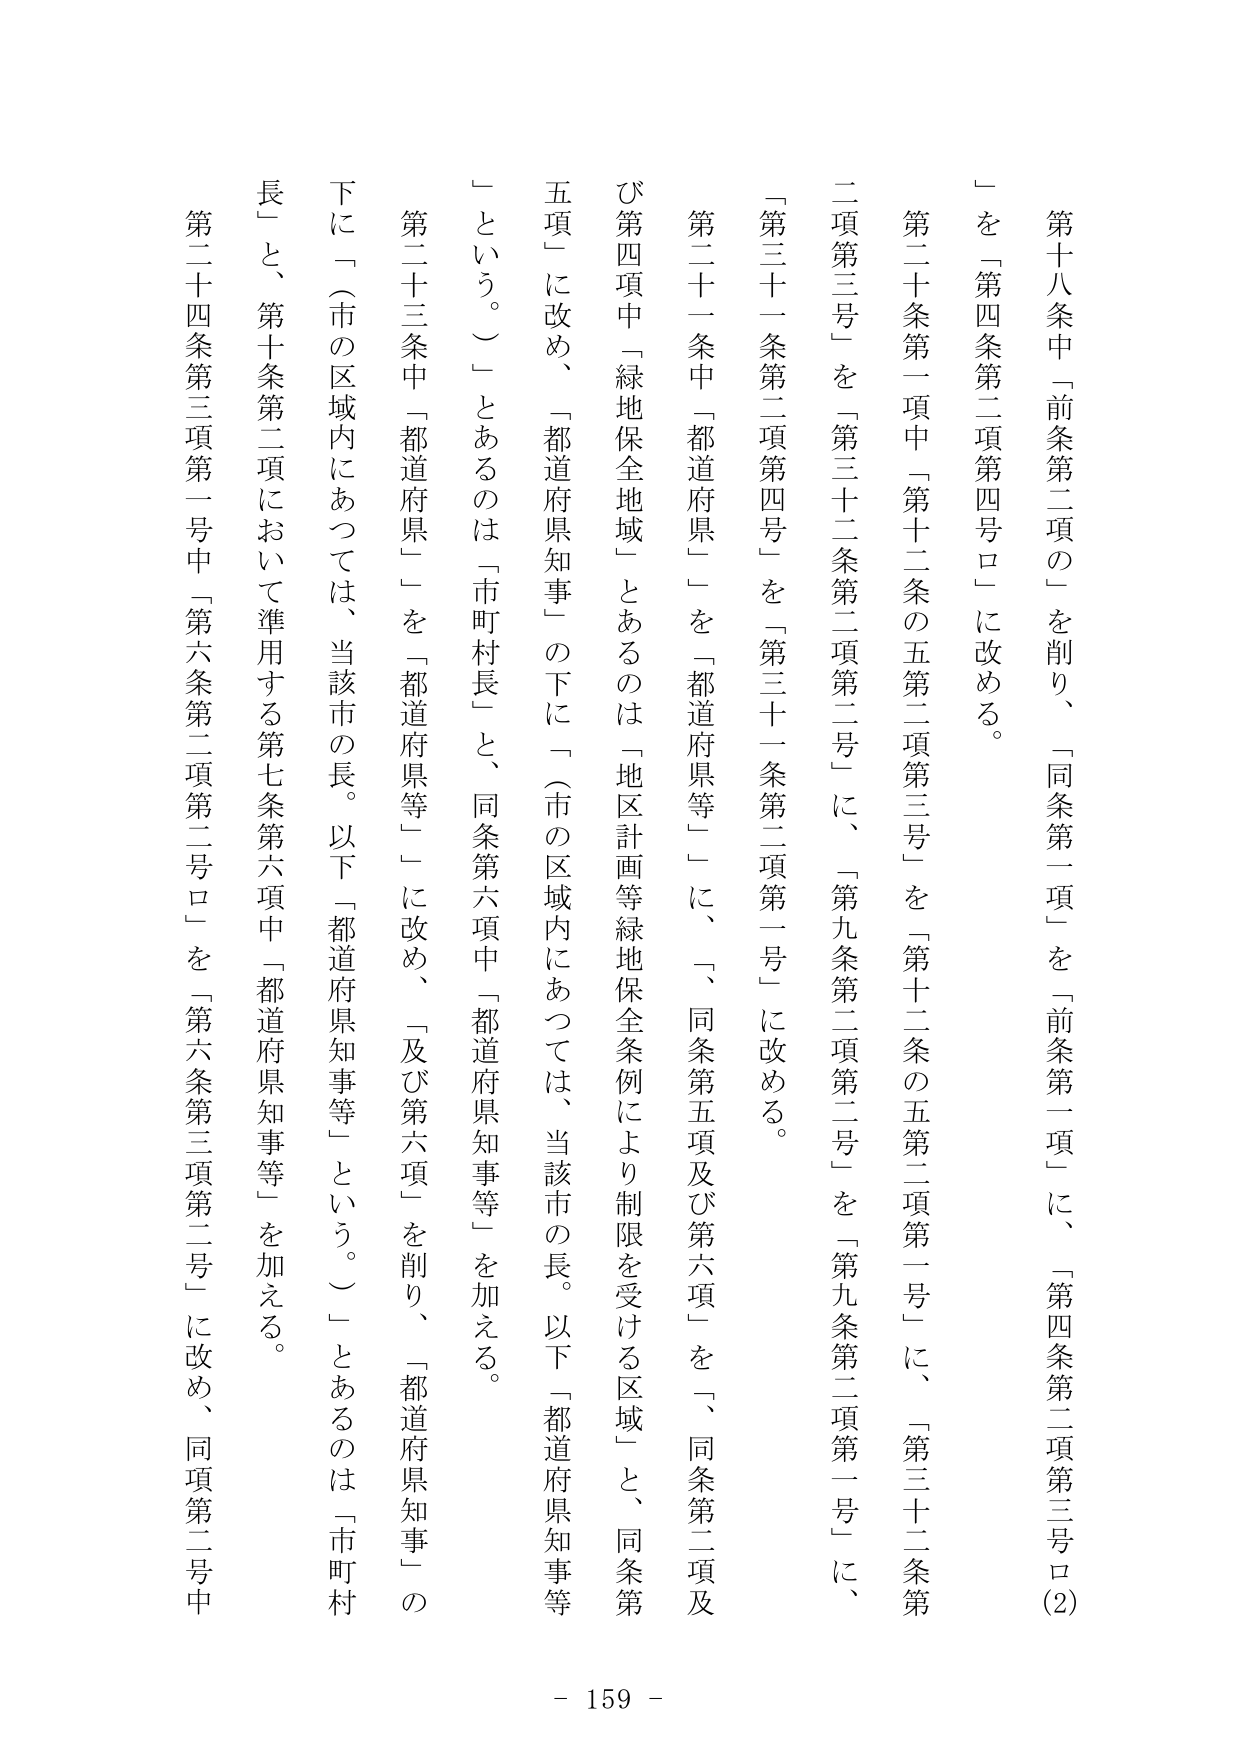
第十八条中「前条第二項の」を削り、「同条第一項」を「前条第一項」に、「第四条第二項第三号ロ(2)」を「第四条第二項第四号ロ」に改める。

第二十条第一項中「第十二条の五第二項第三号」を「第十二条の五第二項第一号」に、「第三十二条第二項第三号」を「第三十二条第二項第二号」に、「第九条第二項第二号」を「第九条第二項第一号」に、「第三十一条第二項第四号」を「第三十一条第二項第一号」に改める。

第二十一条中「都道府県」を「都道府県等」に、「同条第五項及び第六項」を「同条第二項及び第四項中「緑地保全地域」とあるのは「地区計画等緑地保全条例により制限を受ける区域」と、同条第五項」に改め、「都道府県知事」の下に「（市の区域内にあっては、当該市の長。以下「都道府県知事等」という。）」とあるのは「市町村長」と、同条第六項中「都道府県知事等」を加える。

第二十三条中「都道府県」を「都道府県等」に改め、「及び第六項」を削り、「都道府県知事」の下に「（市の区域内にあっては、当該市の長。以下「都道府県知事等」という。）」とあるのは「市町村長」と、第十条第二項において準用する第七条第六項中「都道府県知事等」を加える。

第二十四条第三項第一号中「第六条第二項第二号ロ」を「第六条第三項第二号」に改め、同項第二号中

- 159 -